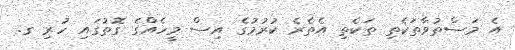
އެ މަސްތުވާތަކެތި ތަކެތި އެތެރެ ކުރުމުގެ އިސް މީހެއްގެ ގޮތުގައި ހުރި ގ.